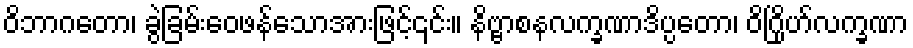
ဝိဘာဂတော၊ ခွဲခြမ်းဝေဖန်သောအားဖြင့်၎င်း။ နိဗ္ဗာစနလက္ခဏာဒိပ္ပတော၊ ဝိဂြိုဟ်လက္ခဏာ